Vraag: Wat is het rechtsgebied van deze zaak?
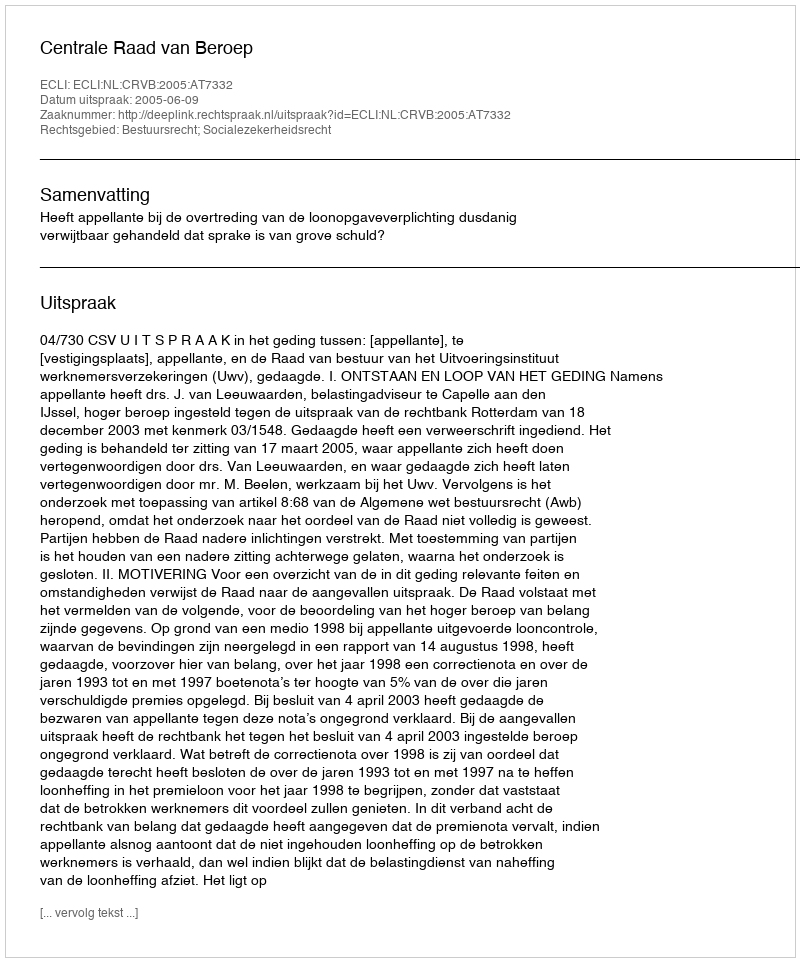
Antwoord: Bestuursrecht; Socialezekerheidsrecht